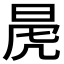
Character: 𭦁